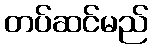
တပ်ဆင်မည်